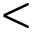
<